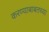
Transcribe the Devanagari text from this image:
करण्याबाबतच्या